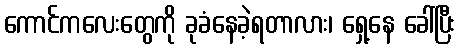
ကောင်ကလေးတွေကို ခုခံနေခဲ့ရတာလား၊ ရှေ့နေ ခေါ်ပြီး